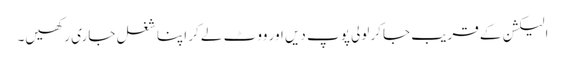
الیکشن کے قریب جاکر لولی پوپ دیں اور ووٹ لے کر اپنا شغل جاری رکھیں۔